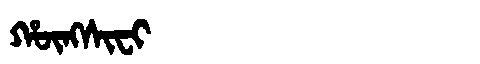
Manchu: ᡥᡡᠩᠰᡳᠸᡳ
Romanization: HŪNGSIFI